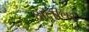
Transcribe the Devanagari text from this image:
अलीवर